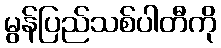
မွန်ပြည်သစ်ပါတီကို